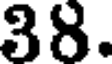
38.